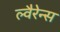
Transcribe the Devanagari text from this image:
ल्वैरेन्स